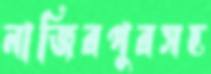
নাজিরপুরসহ